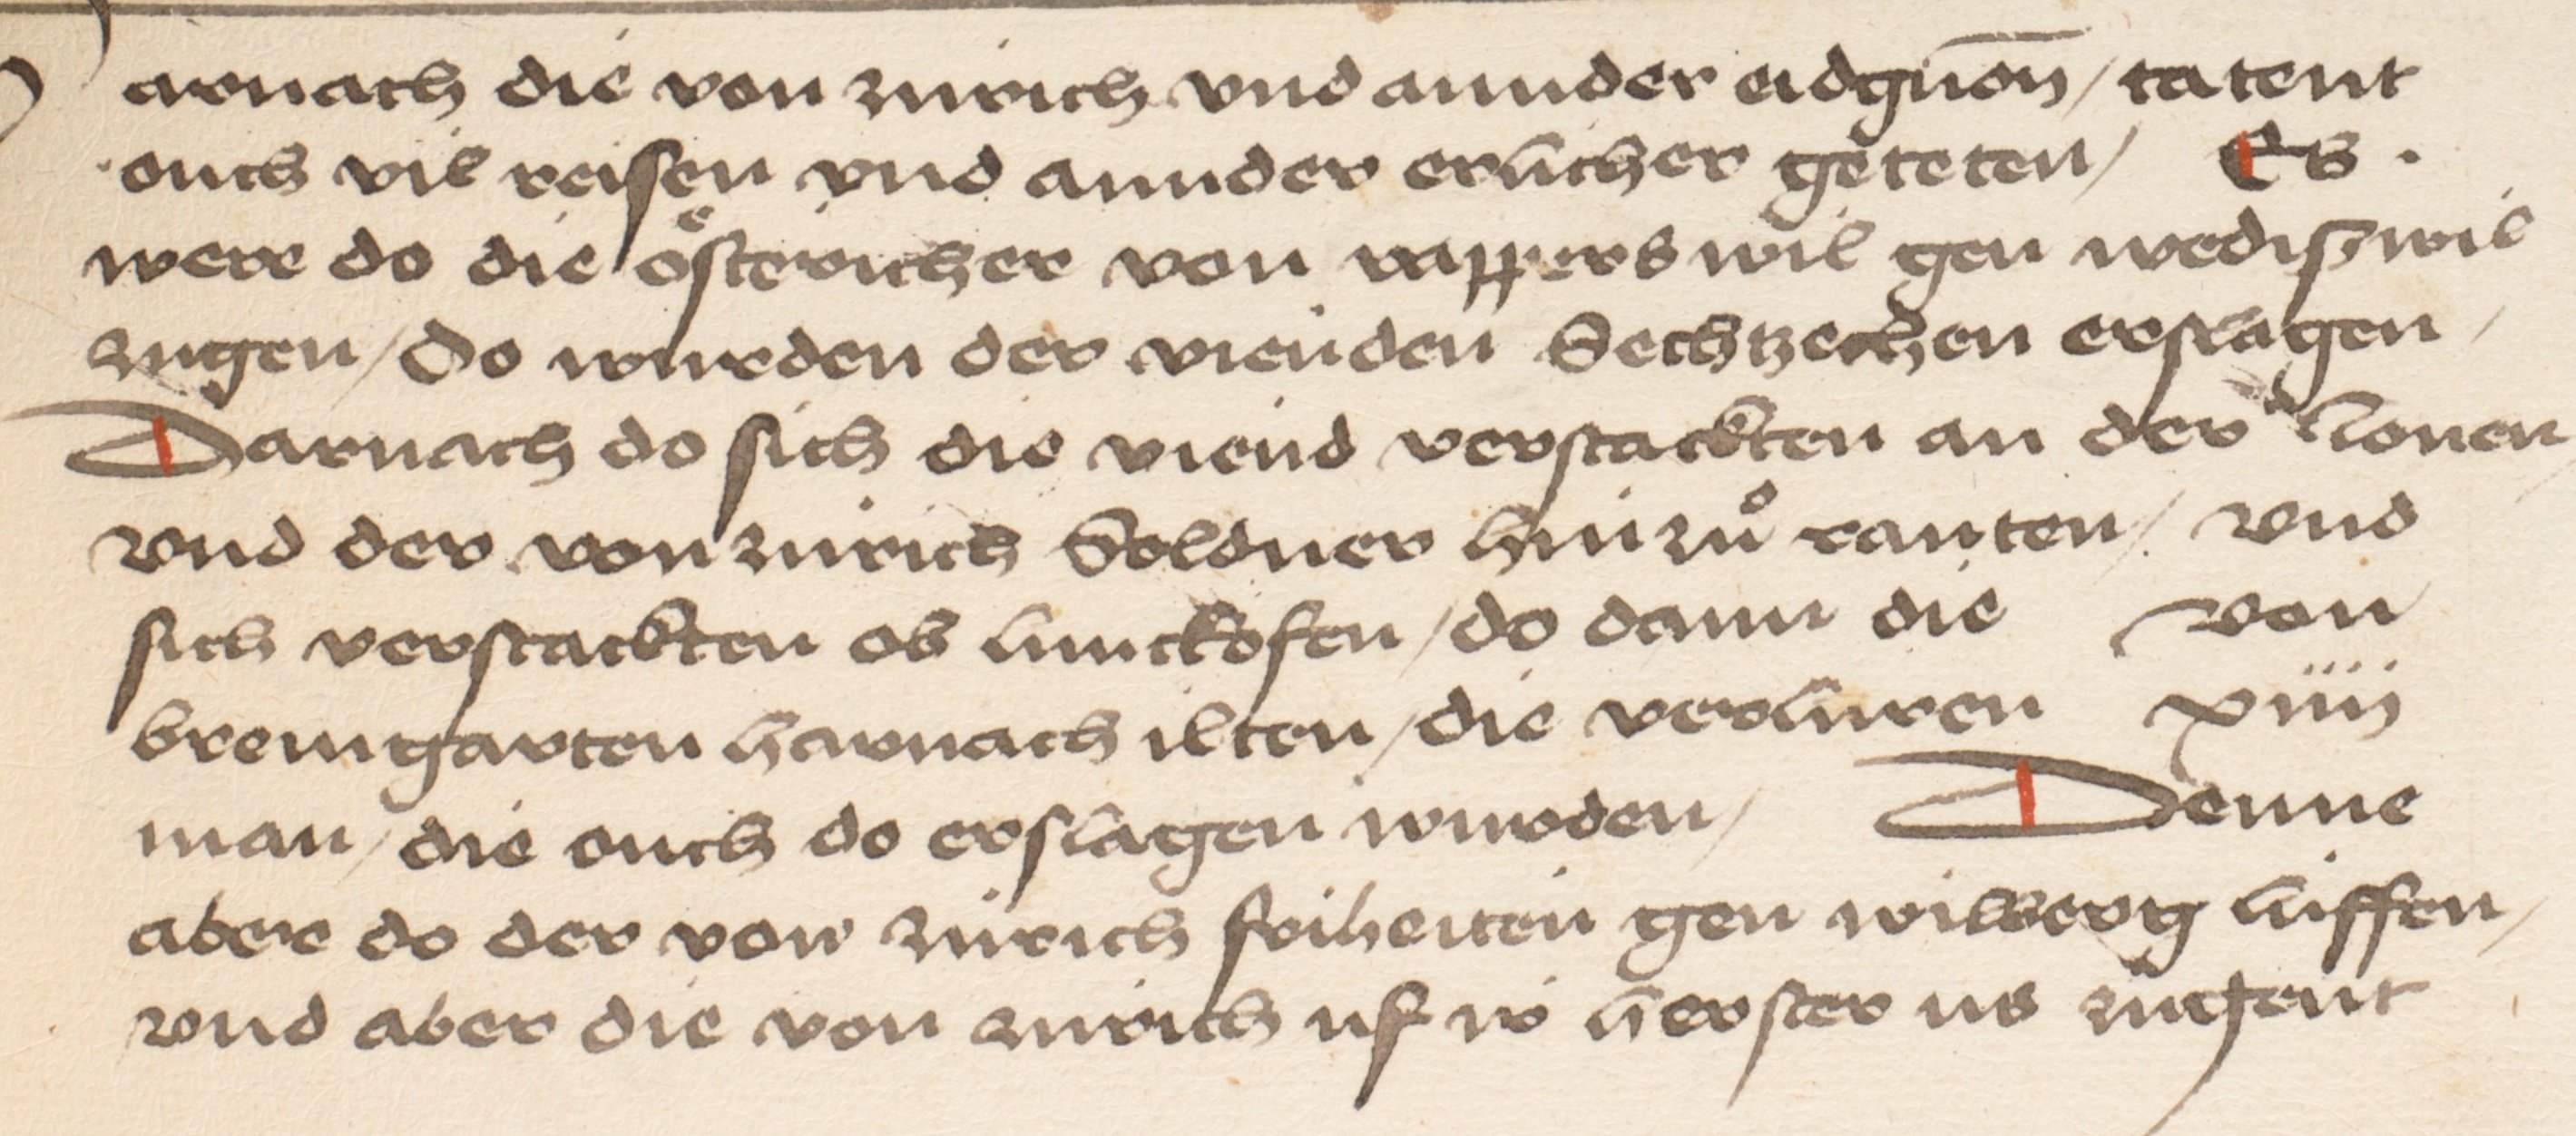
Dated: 1484–1485